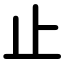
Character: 止